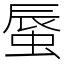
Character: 蜃